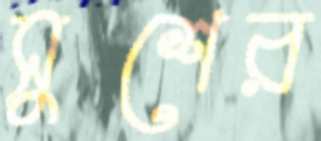
সুশের